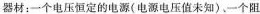
器材：一个电压恒定的电源(电源电压值未知)、一个阻